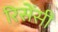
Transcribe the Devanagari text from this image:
रिसेंसी